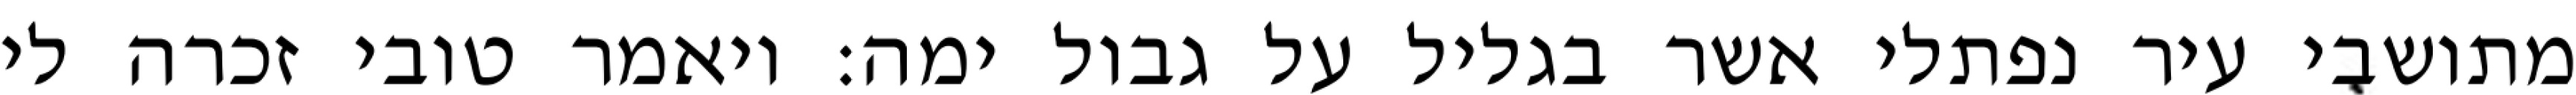
מתושבי עיר נפתלי אשר בגליל על גבול ימה: ויאמר טובי זכרה לי